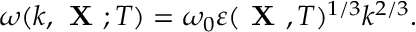
\omega ( k , { \textbf { X } } ; T ) = \omega _ { 0 } \varepsilon ( { \textbf { X } } , T ) ^ { 1 / 3 } k ^ { 2 / 3 } .